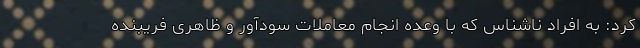
کرد: به افراد ناشناس که با وعده انجام معاملات سودآور و ظاهری فریبنده